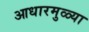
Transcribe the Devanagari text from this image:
आधारमुळ्या